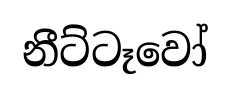
නීට්ටෑවෝ